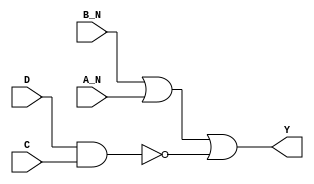
module sky130_fd_sc_hd__nand4bb (
    Y  ,
    A_N,
    B_N,
    C  ,
    D
);

    // Module ports
    output Y  ;
    input  A_N;
    input  B_N;
    input  C  ;
    input  D  ;

    // Local signals
    wire nand0_out;
    wire or0_out_Y;

    //   Name   Output     Other arguments
    nand nand0 (nand0_out, D, C               );
    or   or0   (or0_out_Y, B_N, A_N, nand0_out);
    buf  buf0  (Y        , or0_out_Y          );

endmodule